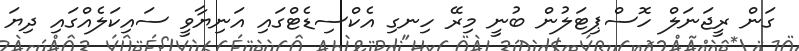
ގަން ރީޖަނަލް ހޮސްޕިޓަލުން ބުނީ މިރޭ ހިނގި އެކްސިޑެޓްގައި އަނިޔާވީ ސައިކަލެއްގައި ދިޔަ